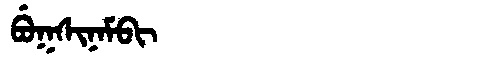
Manchu: ᠪᡠᡴᠰᡳᠨᠠᠮᠪᡳ
Romanization: BUKSINAMBI